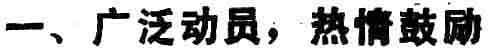
一、广泛动员，热情鼓励